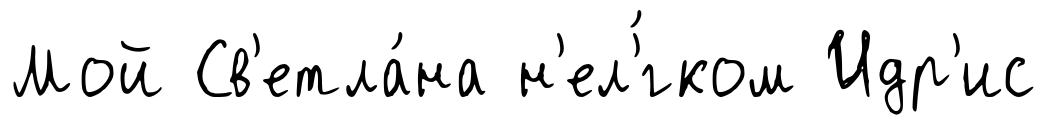
Мой Св'етла́на н'ел'́гком Идр'ис